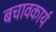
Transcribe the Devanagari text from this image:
बचावकार्य